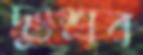
দুঃশ্রব